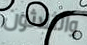
والثلاثون